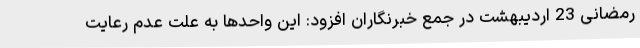
رمضانی 23 اردیبهشت در جمع خبرنگاران افزود: این واحدها به علت عدم رعایت